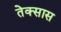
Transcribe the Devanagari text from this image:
तेक्सास